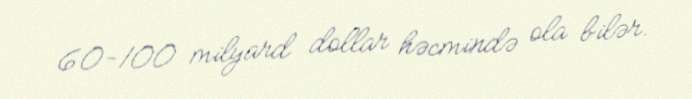
60-100 milyard dollar həcmində ola bilər.